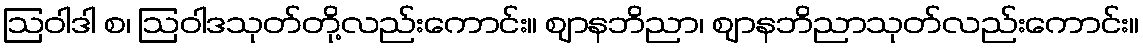
ဩဝါဒါ စ၊ ဩဝါဒသုတ်တို့လည်းကောင်း။ ဈာနဘိညာ၊ ဈာနဘိညာသုတ်လည်းကောင်း။